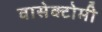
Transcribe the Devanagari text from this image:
वासेक्टोमी